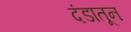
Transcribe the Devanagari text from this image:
दंडातून